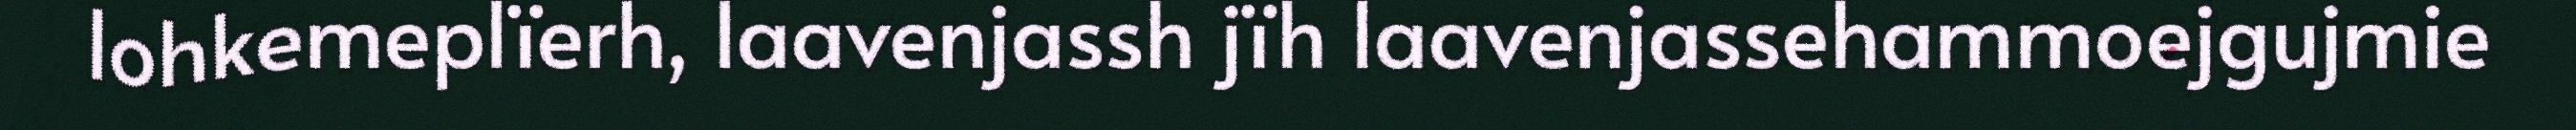
lohkemeplïerh, laavenjassh jïh laavenjassehammoejgujmie